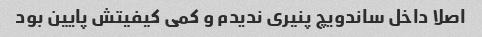
اصلا داخل ساندویچ پنیری ندیدم و کمی کیفیتش پایین بود